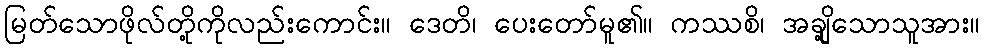
မြတ်သောဖိုလ်တို့ကိုလည်းကောင်း။ ဒေတိ၊ ပေးတော်မူ၏။ ကဿစိ၊ အချို့သောသူအား။